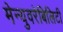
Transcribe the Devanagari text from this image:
मेन्युवरेबिलिटी